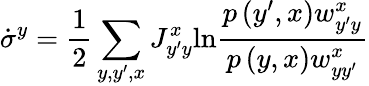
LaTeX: \dot{\sigma}^{y}=\frac{1}{2}\sum_{y,y^{\prime},x}J_{y^{\prime}y}^{x}\mathrm{ln}\frac{p\left(y^{\prime},x\right)w_{y^{\prime}y}^{x}}{p\left(y,x\right)w_{yy^{\prime}}^{x}}